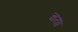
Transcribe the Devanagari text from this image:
चया